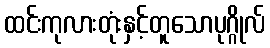
ထင်းကုလားတုံးနှင့်တူသောပုဂ္ဂိုလ်